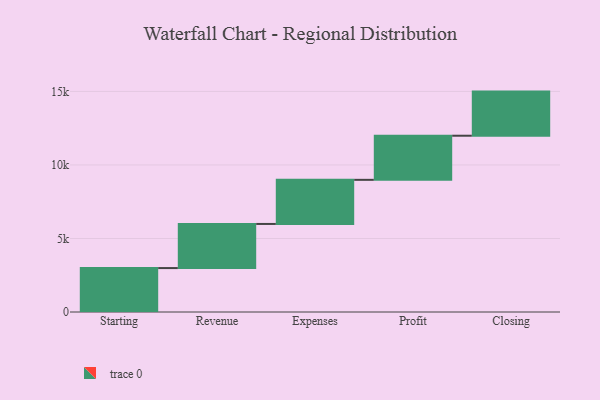
{"axis": {"x": "Step", "y": "Value"}, "legend": [""], "data": [{"x": "Starting", "y": 2987.0, "type": ""}, {"x": "Revenue", "y": 3000, "type": ""}, {"x": "Expenses", "y": 3000, "type": ""}, {"x": "Profit", "y": 3000, "type": ""}, {"x": "Closing", "y": 3000, "type": ""}]}